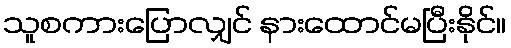
သူစကားပြောလျှင် နားထောင်မပြီးနိုင်။